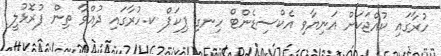
ހުރާގައި ކުއްޖަކަށް އަނިޔާވި އެކްސިޑެންޓް ހިނގި ޕިކަޕް ކ.ހުރާގައި ދުއްވާ ތިން ފުރޮޅުލީ